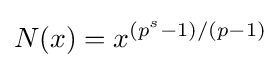
N(x)=x^{(p^{s}-1)/(p-1)}